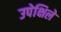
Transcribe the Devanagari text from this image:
उपेक्षिले